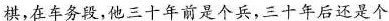
棋，在车务段，他三十年前是个兵，三十年后还是个